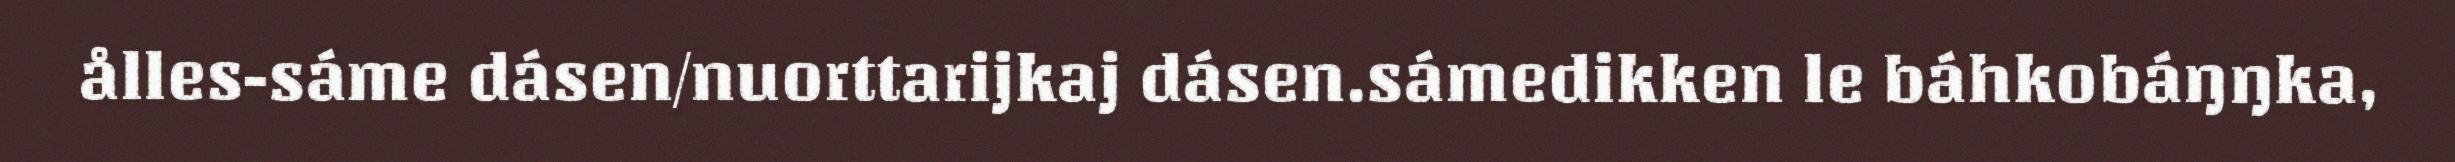
ålles-sáme dásen/nuorttarijkaj dásen.sámedikken le báhkobáŋŋka,